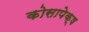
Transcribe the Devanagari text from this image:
कोसापेक्ष